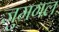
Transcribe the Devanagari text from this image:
जुमगल